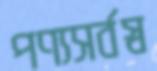
পণ্যসর্বস্ব